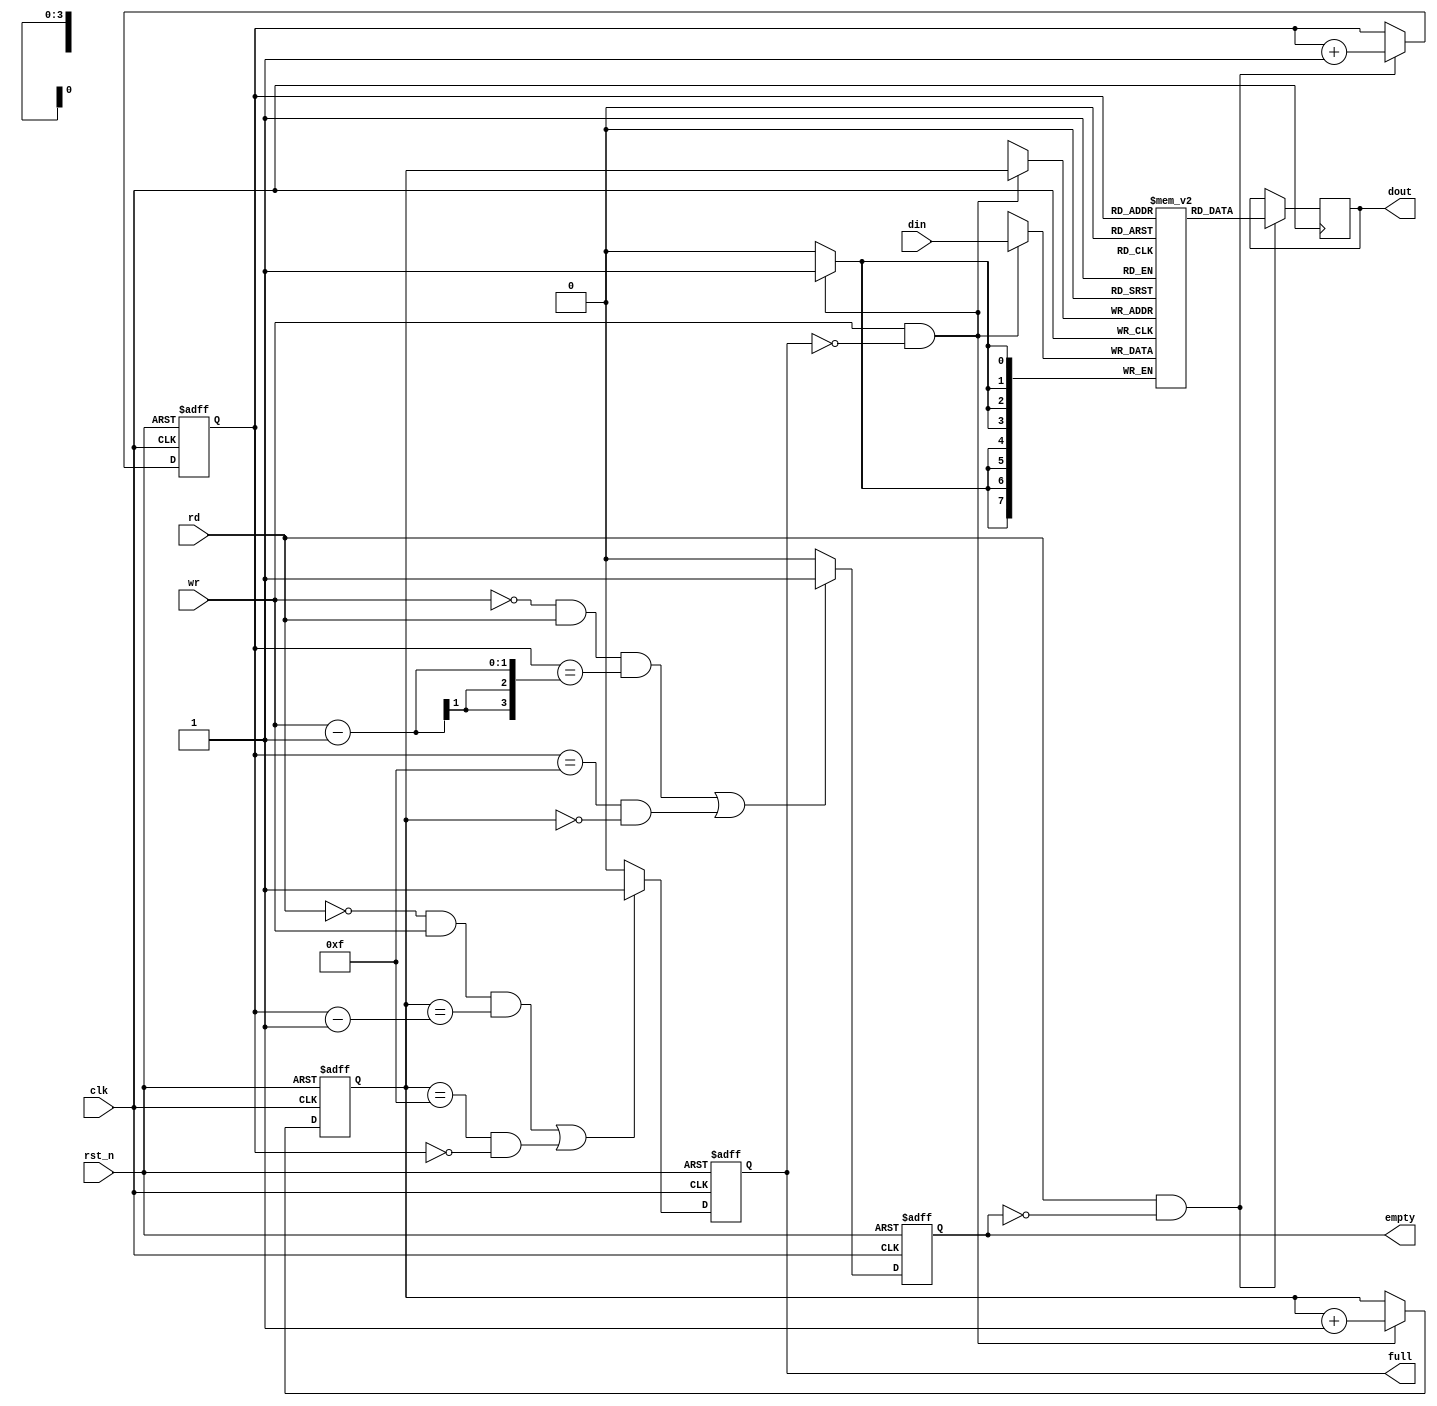
//The review of sync fifo

module sync_fifo_review(clk,rst_n,din,wr,rd,full,empty,dout);
	input clk;
	input rst_n;
	input wr;
	input rd;
	input [7:0] din;
	output reg full;
	output reg empty;
	output reg [7:0] dout;

	reg [7:0] mem [15:0];
	reg [3:0] wp;
	reg [3:0] rp;

	always @(posedge clk or negedge rst_n)
		begin
			if(!rst_n)
				wp<=4'd0;
			else
				if(wr&&(~full))
					wp<=wp+1'b1;
		end

	always @(posedge clk)
		begin
			if(wr&&(~full))
				mem[wp]<=din;
		end

	always @(posedge clk or negedge rst_n)
		begin
			if(!rst_n)
				rp<=4'd0;
			else
				if(rd&&(~empty))
					rp<=rp+1'b1;
		end

	always @(posedge clk)
		begin
			if(rd&&(~empty))
				dout<=mem[rp];
		end

	
	always @(posedge clk or negedge rst_n)
		begin
			if(!rst_n)
				full<=1'b0;
			else
				begin
					if(((~rd&&wr)&&(wp==rp-1'b1))||((wp==4'hf)&&(rp==4'h0)))
						full<=1'b1;
					else if(full&&rd)
						full<=1'b0;
					else
						full<=1'b0;
				end
		end

	always @(posedge clk or negedge rst_n)
		begin
			if(!rst_n)
				empty<=1'b0;
			else
				begin
					if(((~wr&&rd)&&(rp==wr-1'b1))||((rp==4'hf)&&(wp==4'h0)))
						empty<=1'b1;
					else if(empty&&wr)
						empty<=1'b0;
					else
						empty<=1'b0;
				end
		end
endmodule